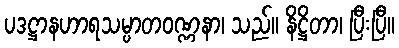
ပဒဋ္ဌာနဟာရသမ္ပာတဝဏ္ဏနာ၊ သည်။ နိဋ္ဌိတာ၊ ပြီးပြီ။